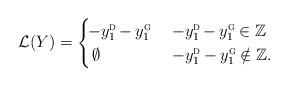
LaTeX: \begin{align*}\mathcal{L}(Y) = \begin{cases}\!-y_1^{\textsc{d}} \mkern-1.5mu-\mkern-.5mu y_1^{\textsc{g}}\mkern-1mu&\;-y_1^{\textsc{d}} \mkern-1.5mu-\mkern-.5mu y_1^{\textsc{g}}\mkern-1mu \in {\mathbb{Z}} \\\mkern1mu\emptyset&\;-y_1^{\textsc{d}} \mkern-.8mu-y_1^{\textsc{g}}\mkern-1mu \notin {\mathbb{Z}}.\end{cases}\end{align*}